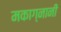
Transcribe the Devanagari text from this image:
मकाग्नानी